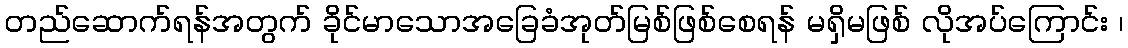
တည်ဆောက်ရန်အတွက် ခိုင်မာသောအခြေခံအုတ်မြစ်ဖြစ်စေရန် မရှိမဖြစ် လိုအပ်ကြောင်း ၊